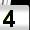
Digit: 4